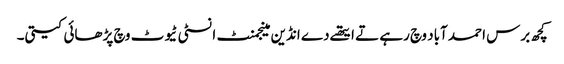
کچھ برس احمد آباد وچ رہے تے ایتھے دے انڈین مینجمنٹ انسٹی ٹیوٹ وچ پڑھائی کیتی۔